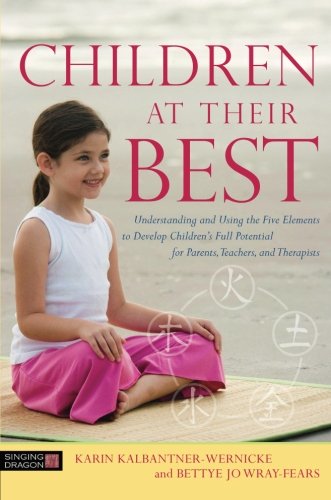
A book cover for Children at Their Best: Understanding and Using the Five Elements to Develop Children's Full Potential for Parents, Teachers, and Therapists; Bettye Jo Wray-Fears; Self-Help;